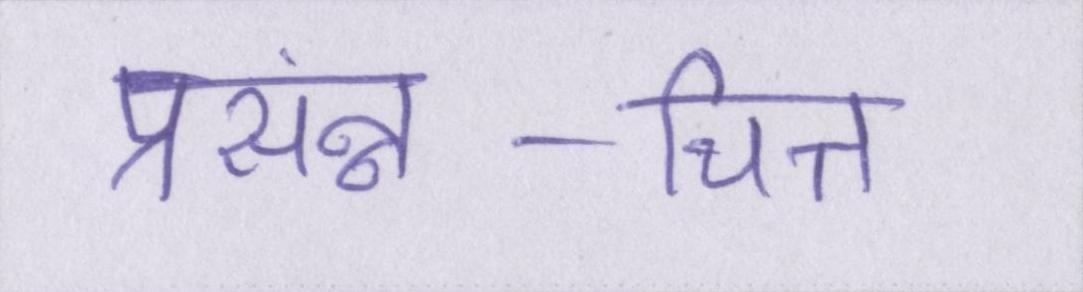
प्रसंन्न-चित्त